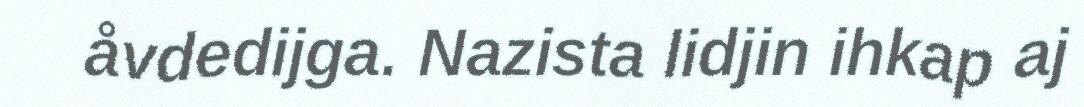
åvdedijga. Nazista lidjin ihkap aj